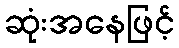
ဆုံးအနေဖြင့်